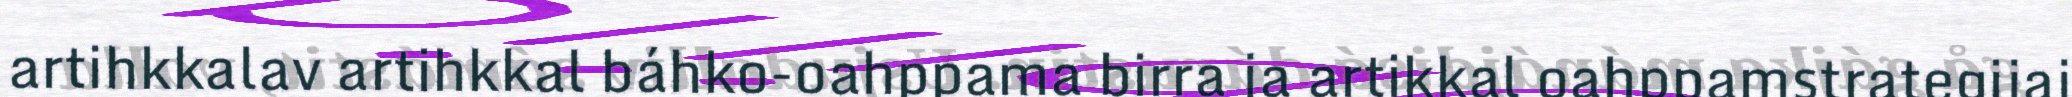
artihkkalav artihkkal báhko-oahppama birra ja artikkal oahppamstrategijaj